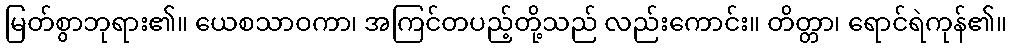
မြတ်စွာဘုရား၏။ ယေစသာဝကာ၊ အကြင်တပည့်တို့သည် လည်းကောင်း။ တိတ္တာ၊ ရောင်ရဲကုန်၏။